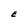
Character: E